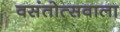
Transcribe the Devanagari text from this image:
वसंतोत्सवाला